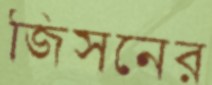
জিসনের